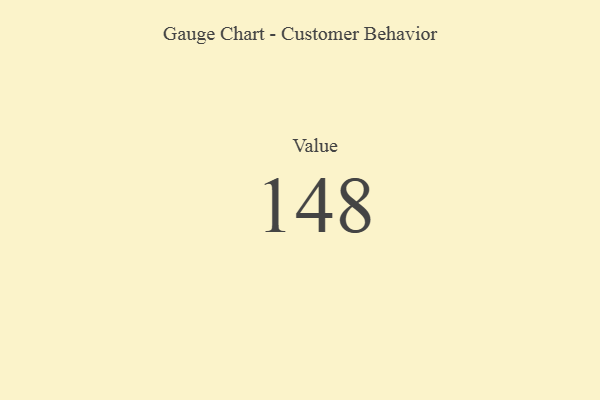
{"axis": {"x": "Metric", "y": "Value"}, "legend": [""], "data": [{"x": "Value", "y": 148, "type": ""}]}